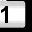
Digit: 1